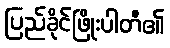
ပြည်ခိုင်ဖြိုးပါတီ၏